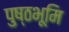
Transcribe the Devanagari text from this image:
पुष्ठभूमि